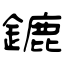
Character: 鏕